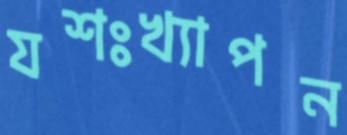
যশঃখ্যাপন